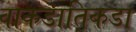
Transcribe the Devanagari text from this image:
वाकडातिकडा